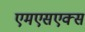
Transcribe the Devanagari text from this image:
एमएसएक्स